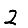
Digit: 2